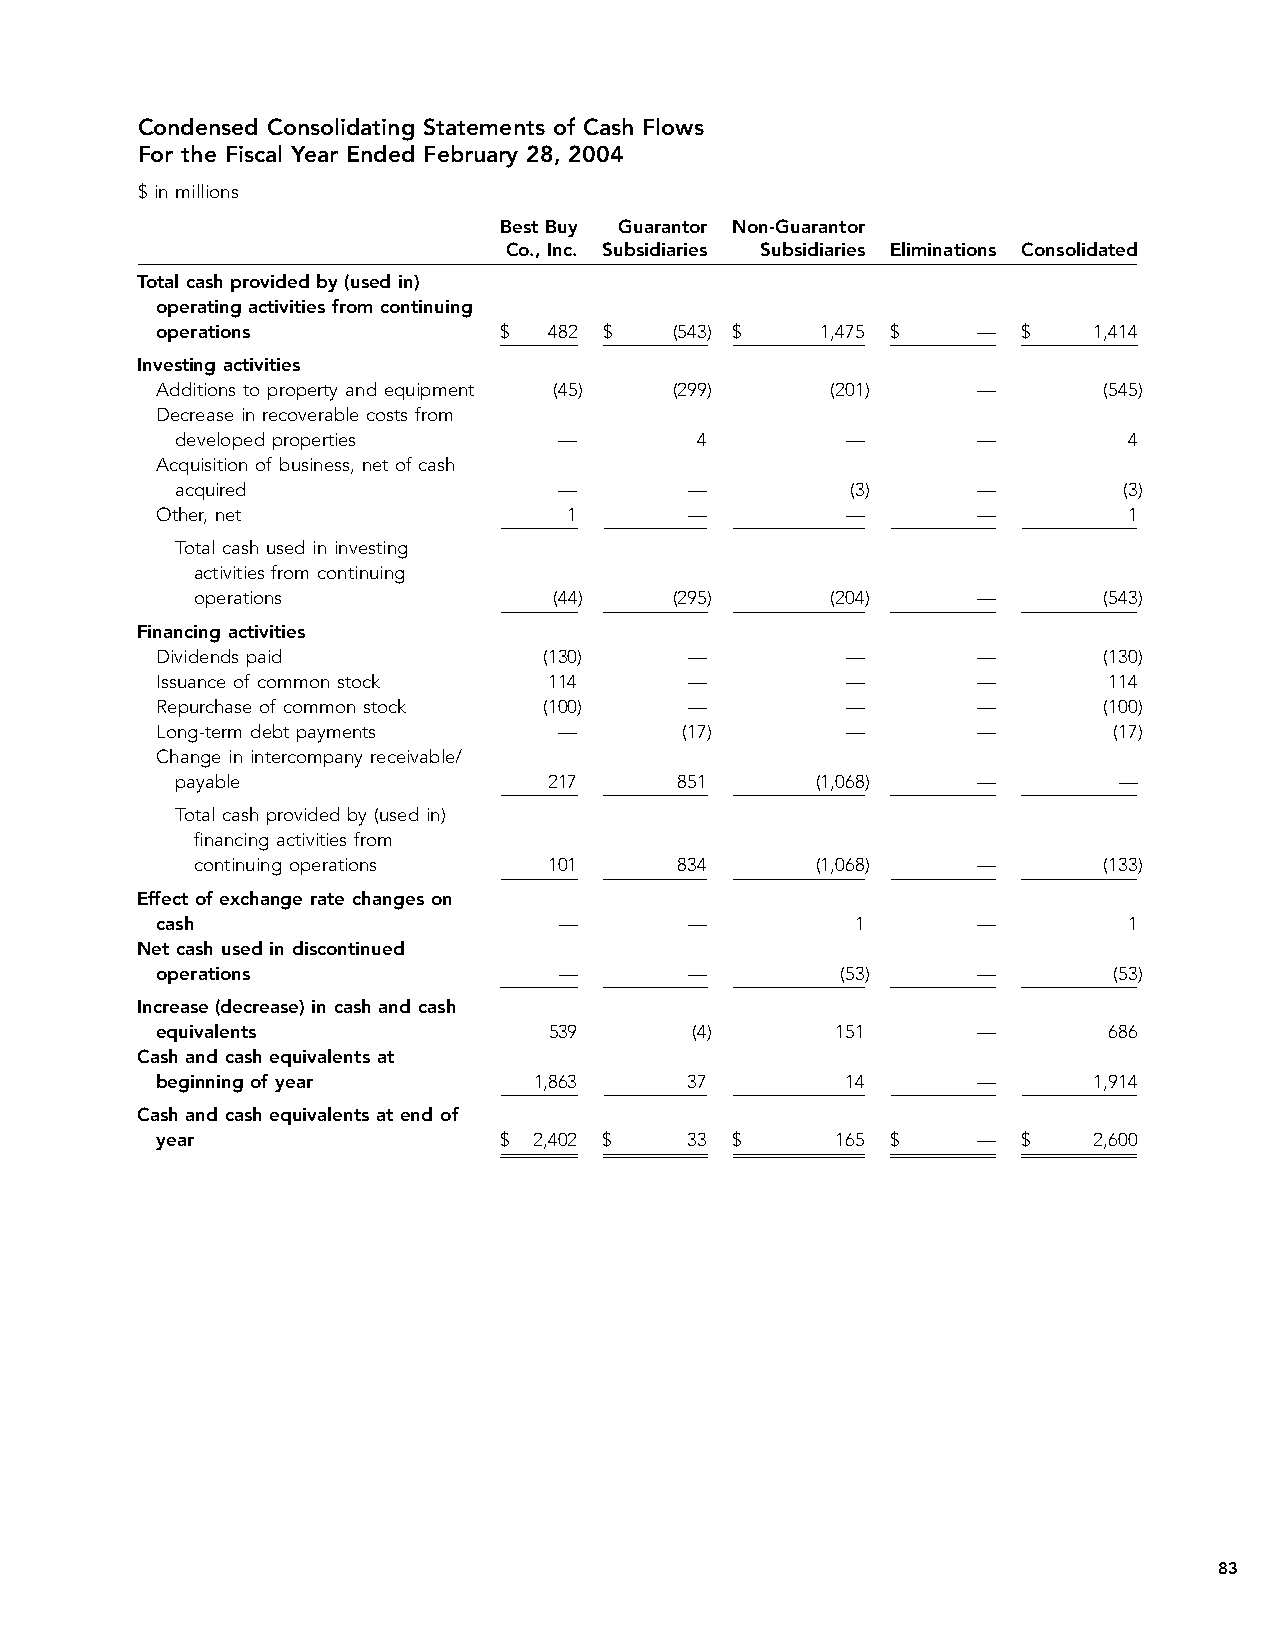
Condensed Consolidating Statements of Cash Flows
 For the Fiscal Year Ended February 28, 2004
 $ in millions
 Best Buy Guarantor Non-Guarantor
 Co., Inc. Subsidiaries Subsidiaries Eliminations Consolidated
 Total cash provided by (used in)
 operating activities from continuing
 operations             $  482 $    (543) $  1,475 $    —  $   1,414
 Investing activities
 Additions to property and equipment (45) (299) (201)   —       (545)
 Decrease in recoverable costs from
 developed properties     —        4         —        —         4
 Acquisition of business, net of cash
 acquired                 —        —         (3)      —        (3)
 Other, net                  1       —         —        —         1
 Total cash used in investing
 activities from continuing
 operations              (44)    (295)     (204)     —       (543)
 Financing activities
 Dividends paid            (130)     —         —        —       (130)
 Issuance of common stock  114       —         —        —       114
 Repurchase of common stock (100)    —         —        —       (100)
 Long-term debt payments    —       (17)       —        —        (17)
 Change in intercompany receivable/
 payable                 217      851      (1,068)    —        —
 Total cash provided by (used in)
 financing activities from
 continuing operations  101      834      (1,068)    —       (133)
 Effect of exchange rate changes on
 cash                       —        —          1       —         1
 Net cash used in discontinued
 operations                 —        —         (53)     —        (53)
 Increase (decrease) in cash and cash
 equivalents               539       (4)      151       —       686
 Cash and cash equivalents at
 beginning of year        1,863      37        14       —      1,914
 Cash and cash equivalents at end of
 year                   $ 2,402 $    33 $     165 $     —  $   2,600
 83